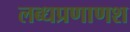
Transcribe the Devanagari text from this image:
लब्धप्रणाणश